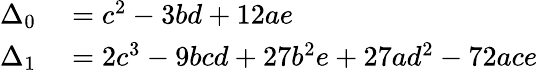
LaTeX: \begin{array}{rl}{\Delta_{0}}&{{}=c^{2}-3bd+12ae}\\ {\Delta_{1}}&{{}=2c^{3}-9bcd+27b^{2}e+27ad^{2}-72ace}\end{array}